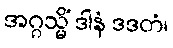
အဂ္ဂသ္မိံ ဒါနံ ဒဒတံ၊